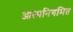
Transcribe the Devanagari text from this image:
आत्मनियमित